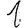
Digit: 1